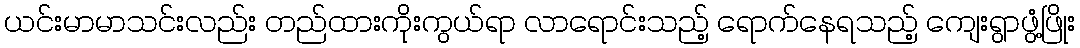
ယင်းမာမာသင်းလည်း တည်ထားကိုးကွယ်ရာ လာရောင်းသည့် ရောက်နေရသည့် ကျေးရွာဖွံ့ဖြိုး